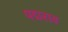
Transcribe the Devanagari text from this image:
पद्मराव